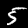
Digit: 5